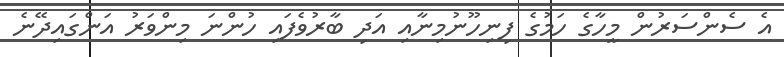
އެ ސެންސަރުން މީހާގެ ހަމުގެ ފިނިހޫނުމިނާއި އަދި ބާރުވެފައި ހުންނަ މިންވަރު އަންގައިދޭނެ